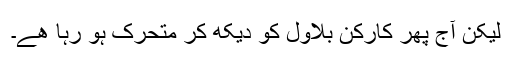
لیکن آج پھر کارکن بلاول کو دیکھ کر متحرک ہو رہا ھے۔